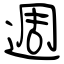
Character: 週